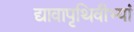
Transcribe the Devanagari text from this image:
द्यावापृथिवीभ्यां